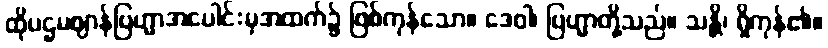
ထိုပဌမဈာန်ဗြဟ္မာအပေါင်းမှအထက်၌ ဖြစ်ကုန်သော။ ဒေဝါ၊ ဗြဟ္မာတို့သည်။ သန္တိ၊ ရှိကုန်၏။